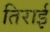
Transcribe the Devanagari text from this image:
तिराई